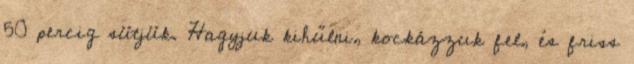
50 percig sütjük. Hagyjuk kihűlni, kockázzuk fel, és friss